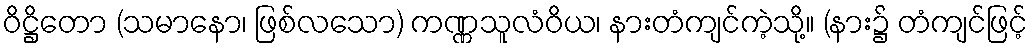
ဝိဋ္ဌိတော (သမာနော၊ ဖြစ်လသော) ကဏ္ဏသူလံဝိယ၊ နားတံကျင်ကဲ့သို့။ (နား၌ တံကျင်ဖြင့်